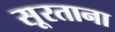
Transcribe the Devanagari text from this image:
सूरताना